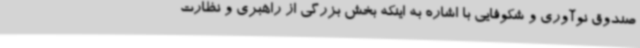
صندوق نوآوری و شکوفایی با اشاره به اینکه بخش بزرگی از راهبری و نظارت